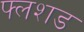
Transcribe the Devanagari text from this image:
फ्लशड